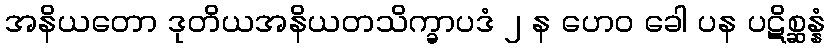
အနိယတော ဒုတိယအနိယတသိက္ခာပဒံ ၂ န ဟေဝ ခေါ ပန ပဋိစ္ဆန္နံ